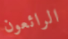
الرائعون